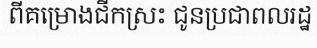
ពីគម្រោងជីកស្រះ ជូនប្រជាពលរដ្ឋ